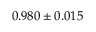
0 . 9 8 0 \pm 0 . 0 1 5